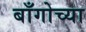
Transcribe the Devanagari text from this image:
बाँगोच्या